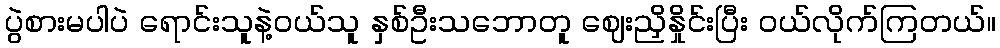
ပွဲစားမပါပဲ ရောင်းသူနဲ့ဝယ်သူ နှစ်ဦးသဘောတူ ဈေးညှိနှိုင်းပြီး ဝယ်လိုက်ကြတယ်။